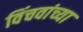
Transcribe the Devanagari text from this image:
विंचवांच्या